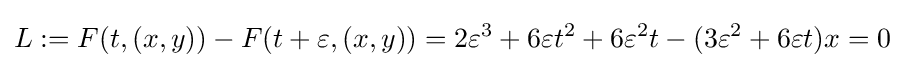
L:=F(t,(x,y))-F(t+\varepsilon ,(x,y))=2\varepsilon ^{3}+6\varepsilon t^{2}+6\varepsilon ^{2}t-(3\varepsilon ^{2}+6\varepsilon t)x=0